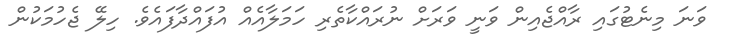
ވަނަ މިނެޓުގައި ރާއްޖެއިން ވަނީ ވަރަށް ނުރައްކާތެރި ހަމަލާއެއް އުފައްދާފައެވެ. ހިލޭ ޖެހުމަކުން